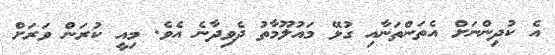
އެ ކުދިންނަށް އެތަންތަނާއި ގުޅޭ މައުލޫމާތު ދެވިދާނެ އެވެ. މިއީ ކުރަން ވަރަށް